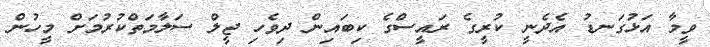
ވީމާ އަޅުގަނޑު އެދެނީ ކުރީގެ ރައީސްގެ ކިބައިން ދިވެހި ޖީލް ސަލާމަތްކުރުމަށް މީހުން